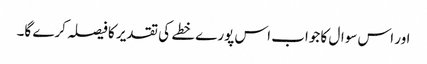
اور اس سوال کا جواب اس پورے خطے کی تقدیر کا فیصلہ کرے گا۔